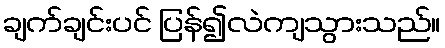
ချက်ချင်းပင် ပြန်၍လဲကျသွားသည်။